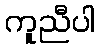
ကူညီပါ